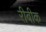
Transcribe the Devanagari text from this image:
रीबीक